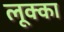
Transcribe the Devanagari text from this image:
लूक्का